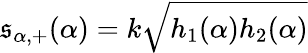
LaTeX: \mathfrak{s}_{\alpha,+}(\alpha)=k\sqrt{h_{1}(\alpha)h_{2}(\alpha)}